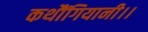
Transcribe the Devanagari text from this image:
कथौंगियानी।।